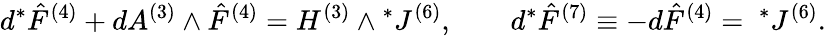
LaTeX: d{}^{*}{\hat{F}}^{(4)}+dA^{(3)}\wedge{\hat{F}}^{(4)}=H^{(3)}\wedge{}^{*}J^{(6)},\qquad d{}^{*}{\hat{F}}^{(7)}\equiv-d{\hat{F}}^{(4)}={~}^{*}J^{(6)}.